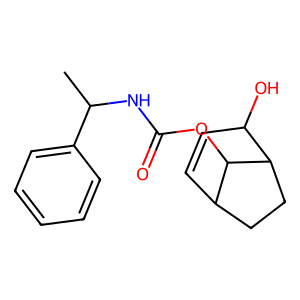
SMILES: CC(NC(=O)OC1C2C=CC(O)C1CC2)c1ccccc1
Inhibits HIV replication: No